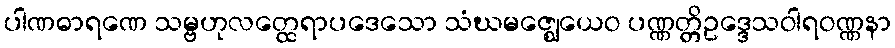
ပါဏဓာရဏေ သမ္ဗဟုလတ္ထေရာပဒေသော သံဃမဇ္ဈေယေဝ ပဏ္ဏတ္တိဥဒ္ဒေသဝါရဝဏ္ဏနာ